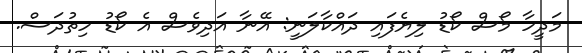
މަދީހާ މޯސް ކޯޑު ލިޔެފައި ދައްކާލަނީ: އޭނާ އަދިވެސް އެ ކޯޑު ހިތުދަސް.